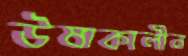
উষাকালীন